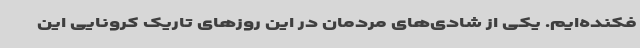
فکنده‌ایم. یکی از شادی‌های مردمان در این روزهای تاریک کرونایی این